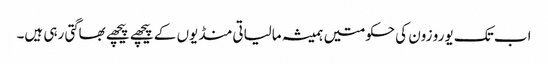
اب تک یورو زون کی حکومتیں ہمیشہ مالیاتی منڈیوں کے پیچھے پیچھے بھاگتی رہی ہیں۔